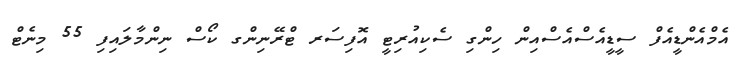
އެމްއެންޑީއެފް ސީޑީއެސްއެސްއިން ހިންގި ސެކިއުރިޓީ އޮފިސަރ ޓްރޭނިންގ ކޯސް ނިންމާލައިފި 55 މިނެޓް